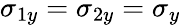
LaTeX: \sigma_{1y}=\sigma_{2y}=\sigma_{y}